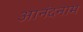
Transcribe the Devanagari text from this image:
आनंदनाम